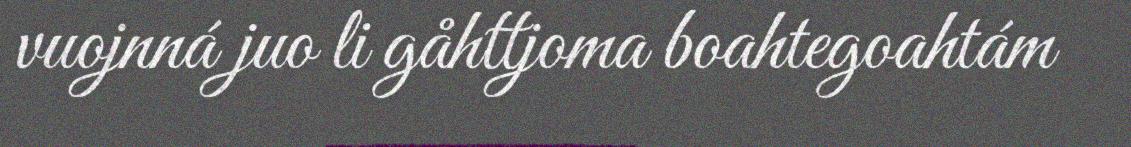
vuojnná juo li gåhttjoma boahtegoahtám